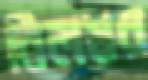
বিলয়ন